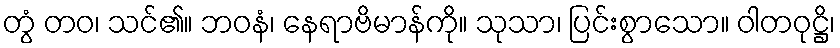
တွံ တဝ၊ သင်၏။ ဘဝနံ၊ နေရာဗိမာန်ကို။ သုသာ၊ ပြင်းစွာသော။ ဝါတဝုဋ္ဌိ၊